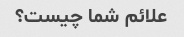
علائم شما چیست؟